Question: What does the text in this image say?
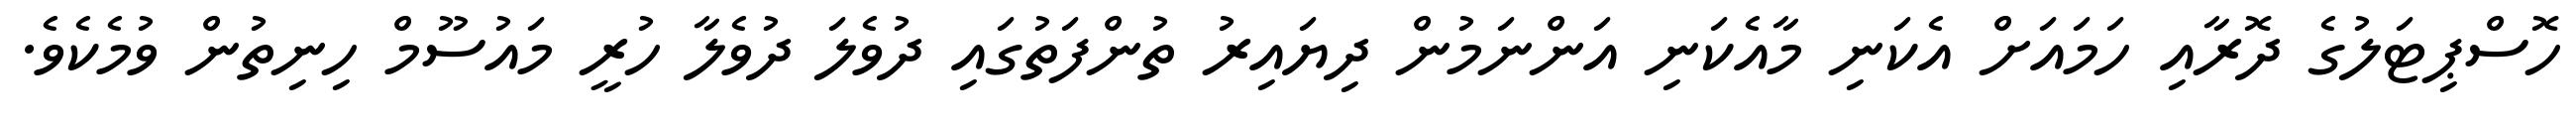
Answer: ހޮސްޕިޓަލުގެ ދޮރާއި ހަމައަށް އެކަނި މާއެކަނި އަންނަމުން ދިޔައިރު ތުންފަތުގައި ދުވެލަ ދުވެލާ ހުރީ މައުސޫމް ހިނިތުން ވުމެކެވެ.